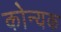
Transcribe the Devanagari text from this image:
कोन्यक